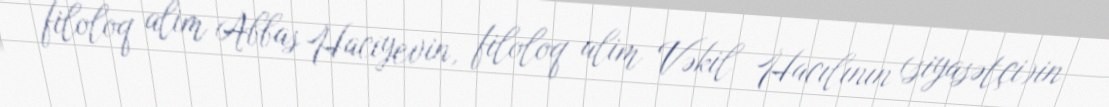
filoloq alim Abbas Hacıyevin, filoloq alim Vəkil Hacılının (siyasətçi)in